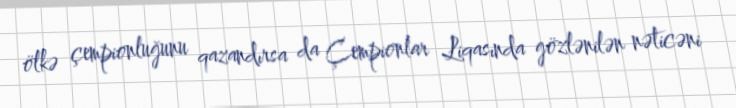
ölkə çempionluğunu qazandırsa da Çempionlar Liqasında gözlənilən nəticəni